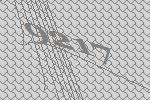
9217